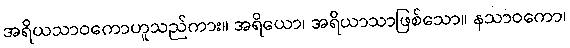
အရိယသာဝကောဟူသည်ကား။ အရိယော၊ အရိယာသာဖြစ်သော။ နသာဝကော၊